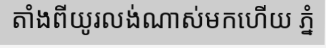
តាំងពីយូរលង់ណាស់មកហើយ ភ្នំ